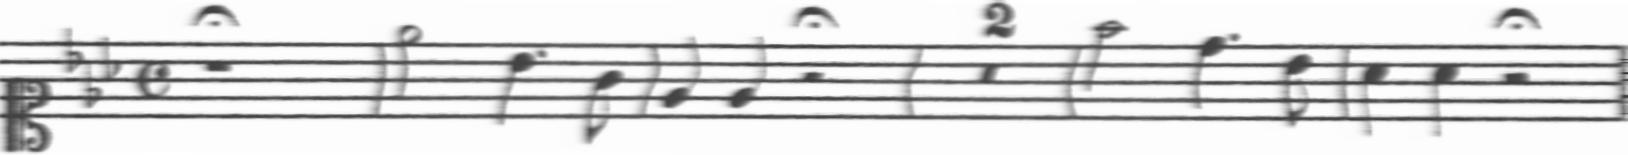
Transcription: clef-C1 keySignature-EbM timeSignature-C rest-whole_fermata barline note-Eb5_half note-Bb4_quarter. note-G4_eighth barline note-Eb4_quarter note-Eb4_quarter rest-half_fermata barline multirest-2 barline note-F5_half note-D5_quarter. note-Bb4_eighth barline note-Ab4_quarter note-Ab4_quarter rest-half_fermata barline